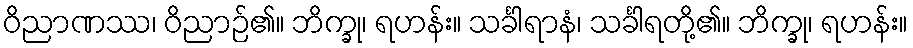
ဝိညာဏဿ၊ ဝိညာဉ်၏။ ဘိက္ခု၊ ရဟန်း။ သင်္ခါရာနံ၊ သင်္ခါရတို့၏။ ဘိက္ခု၊ ရဟန်း။